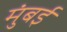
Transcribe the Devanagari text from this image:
मुंंबई